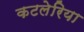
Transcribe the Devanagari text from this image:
कटलेरिया